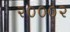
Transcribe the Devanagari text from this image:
२०००२